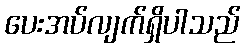
ပေးအပ်လျက်ရှိပါသည်